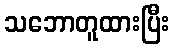
သဘောတူထားပြီး